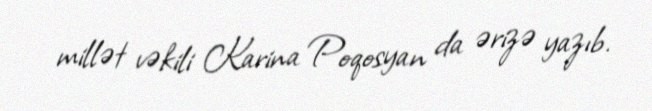
millət vəkili Karina Poqosyan da ərizə yazıb.